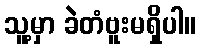
သူ့မှာ ခဲတံဗူးမရှိပါ။